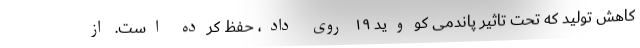
کاهش تولید که تحت تاثیر پاندمی کووید ۱۹ روی داد، حفظ کرده است. از